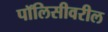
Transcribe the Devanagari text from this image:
पॉलिसीवरील